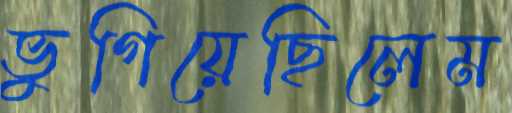
ভুগিয়েছিলেম